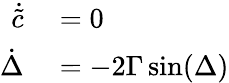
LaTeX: \begin{array}{rl}{\dot{\tilde{c}}}&{{}=0}\\ {\dot{\Delta}}&{{}=-2\Gamma\, \mathrm{sin}(\Delta)}\end{array}